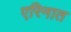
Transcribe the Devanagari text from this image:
एरिनात